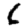
Digit: 6